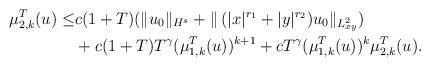
LaTeX: \begin{align*}\begin{aligned}\mu_{2,k}^{T}(u)\leq &c(1+T)(\|u_0\|_{H^{s}}+\|\,(|x|^{r_1}+|y|^{r_2})u_0\|_{L^2_{xy}})\\&+c(1+T)T^\gamma(\mu_{1,k}^{T}(u))^{k+1}+cT^\gamma(\mu_{1,k}^{T}(u))^{k}\mu_{2, k} ^{T}(u).\end{aligned}\end{align*}